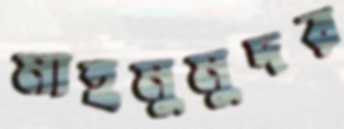
মাহমুমুদর